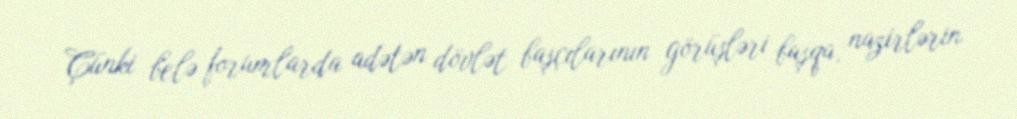
Çünki belə forumlarda adətən dövlət başçılarının görüşləri başqa, nazirlərin